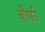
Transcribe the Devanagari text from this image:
बीफी